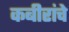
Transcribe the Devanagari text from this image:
कबीरांचे